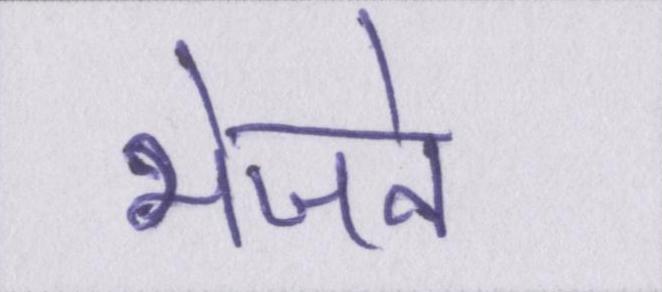
भेजने